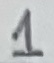
Text: 1